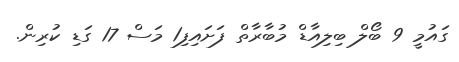
ގައުމީ 9 ބޯލް ބިލިއާޑް މުބާރާތް ފަށައިފި1 މަސް 17 ގަޑި ކުރިން.